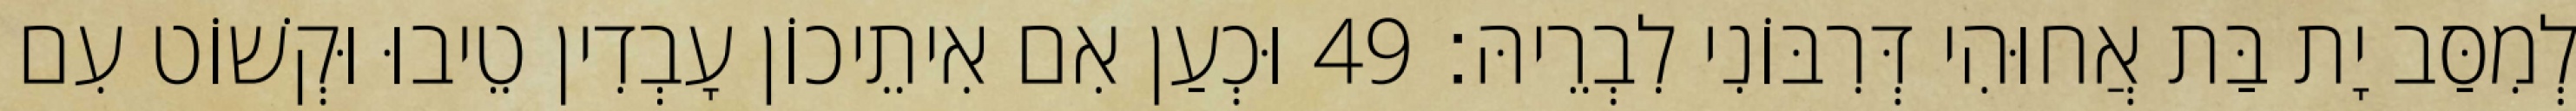
לְמִסַּב יָת בַּת אֲחוּהִי דְּרִבּוֹנִי לִבְרֵיהּ׃ 49 וּכְעַן אִם אִיתֵיכוֹן עָבְדִין טֵיבוּ וּקְשׁוֹט עִם